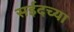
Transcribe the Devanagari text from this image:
सईदच्या